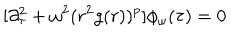
LaTeX: [ \partial _ { \tau } ^ { 2 } + \omega ^ { 2 } ( r ^ { 2 } g ( r ) ) ^ { p } ] \phi _ { \omega } ( \tau ) = 0